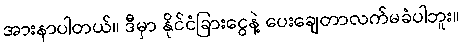
အားနာပါတယ်။ ဒီမှာ နိုင်ငံခြားငွေနဲ့ ပေးချေတာလက်မခံပါဘူး။